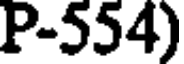
P-554)